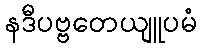
နဒီပဗ္ဗတေယျူပမံ